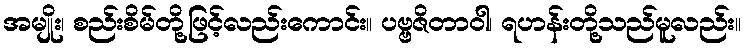
အမျိုး၊ စည်းစိမ်တို့ဖြင့်လည်းကောင်း။ ပဗ္ဗဇိတာဝါ၊ ရဟန်းတို့သည်မူလည်း။